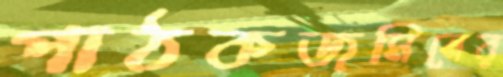
পাঠকজমিনের